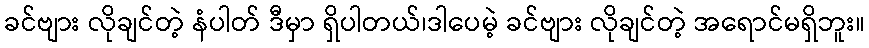
ခင်ဗျား လိုချင်တဲ့ နံပါတ် ဒီမှာ ရှိပါတယ်၊ဒါပေမဲ့ ခင်ဗျား လိုချင်တဲ့ အရောင်မရှိဘူး။